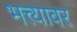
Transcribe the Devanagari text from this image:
भत्त्यावर